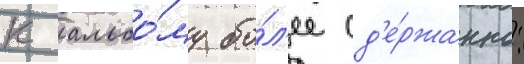
к альбо́му бо́л'ее сд'е́ржанно: